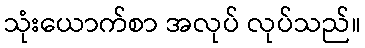
သုံးယောက်စာ အလုပ် လုပ်သည်။